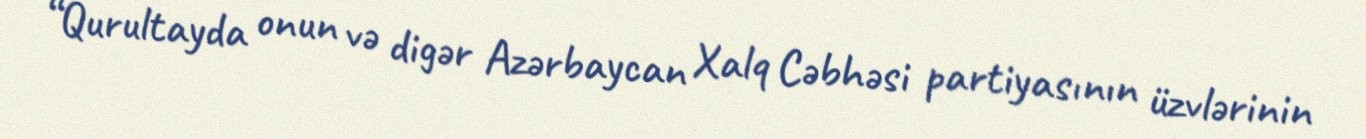
“Qurultayda onun və digər Azərbaycan Xalq Cəbhəsi partiyasının üzvlərinin